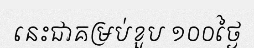
នេះជាគម្រប់ខួប ១០០ថ្ងៃ